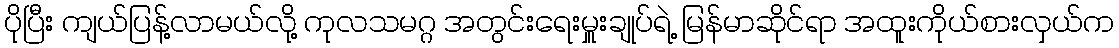
ပိုပြီး ကျယ်ပြန့်လာမယ်လို့ ကုလသမဂ္ဂ အတွင်းရေးမှူးချုပ်ရဲ့ မြန်မာဆိုင်ရာ အထူးကိုယ်စားလှယ်က